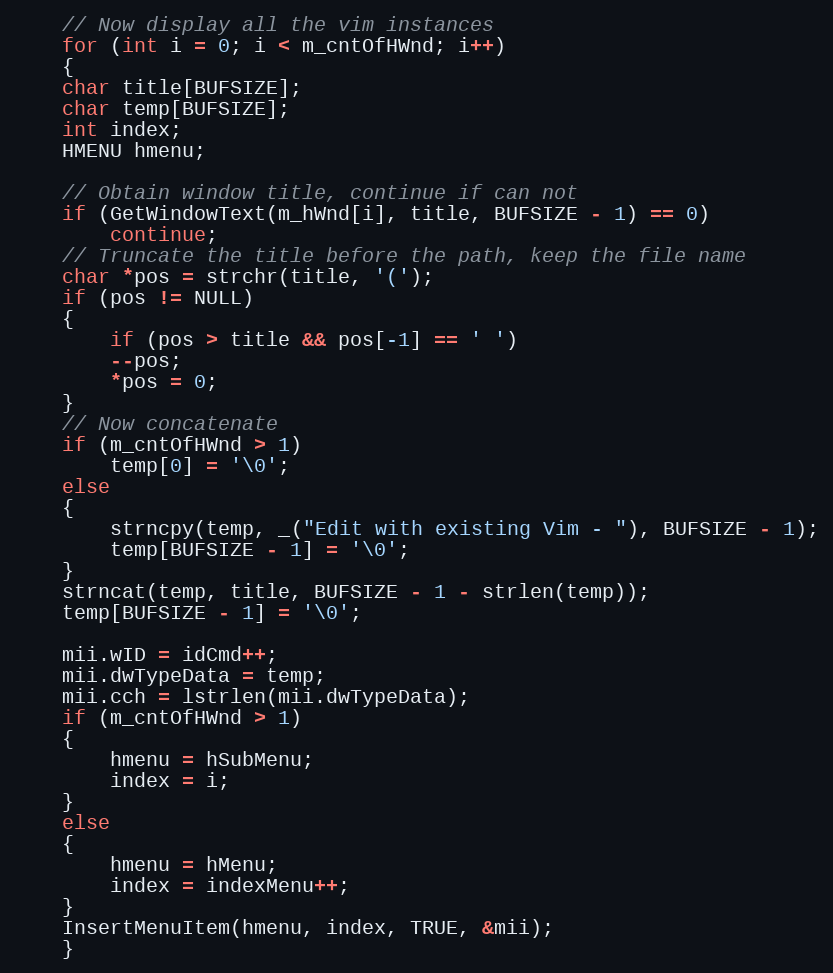
Language: C++
    // Now display all the vim instances
    for (int i = 0; i < m_cntOfHWnd; i++)
    {
	char title[BUFSIZE];
	char temp[BUFSIZE];
	int index;
	HMENU hmenu;

	// Obtain window title, continue if can not
	if (GetWindowText(m_hWnd[i], title, BUFSIZE - 1) == 0)
	    continue;
	// Truncate the title before the path, keep the file name
	char *pos = strchr(title, '(');
	if (pos != NULL)
	{
	    if (pos > title && pos[-1] == ' ')
		--pos;
	    *pos = 0;
	}
	// Now concatenate
	if (m_cntOfHWnd > 1)
	    temp[0] = '\0';
	else
	{
	    strncpy(temp, _("Edit with existing Vim - "), BUFSIZE - 1);
	    temp[BUFSIZE - 1] = '\0';
	}
	strncat(temp, title, BUFSIZE - 1 - strlen(temp));
	temp[BUFSIZE - 1] = '\0';

	mii.wID = idCmd++;
	mii.dwTypeData = temp;
	mii.cch = lstrlen(mii.dwTypeData);
	if (m_cntOfHWnd > 1)
	{
	    hmenu = hSubMenu;
	    index = i;
	}
	else
	{
	    hmenu = hMenu;
	    index = indexMenu++;
	}
	InsertMenuItem(hmenu, index, TRUE, &mii);
    }